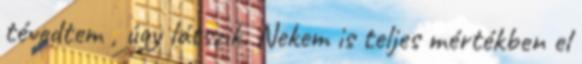
tévedtem , úgy látszik. Nekem is teljes mértékben el